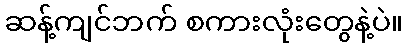
ဆန့်ကျင်ဘက် စကားလုံးတွေနဲ့ပဲ။